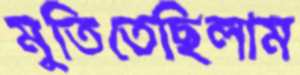
মুতিতেছিলাম